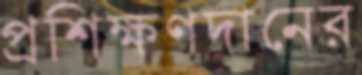
প্রশিক্ষণদানের